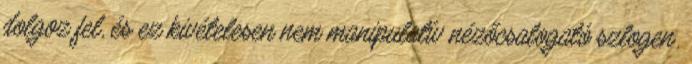
dolgoz fel, és ez kivételesen nem manipulatív nézőcsalogató szlogen.